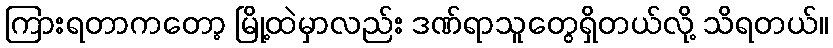
ကြားရတာကတော့ မြို့ထဲမှာလည်း ဒဏ်ရာသူတွေရှိတယ်လို့ သိရတယ်။